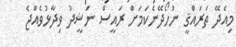
މިއެދޭ ތަރައްޤީ ނުހޯދޭނެކަމަށް ރައީސް ނަޝީދު ވިދާޅުވެއްޖެ